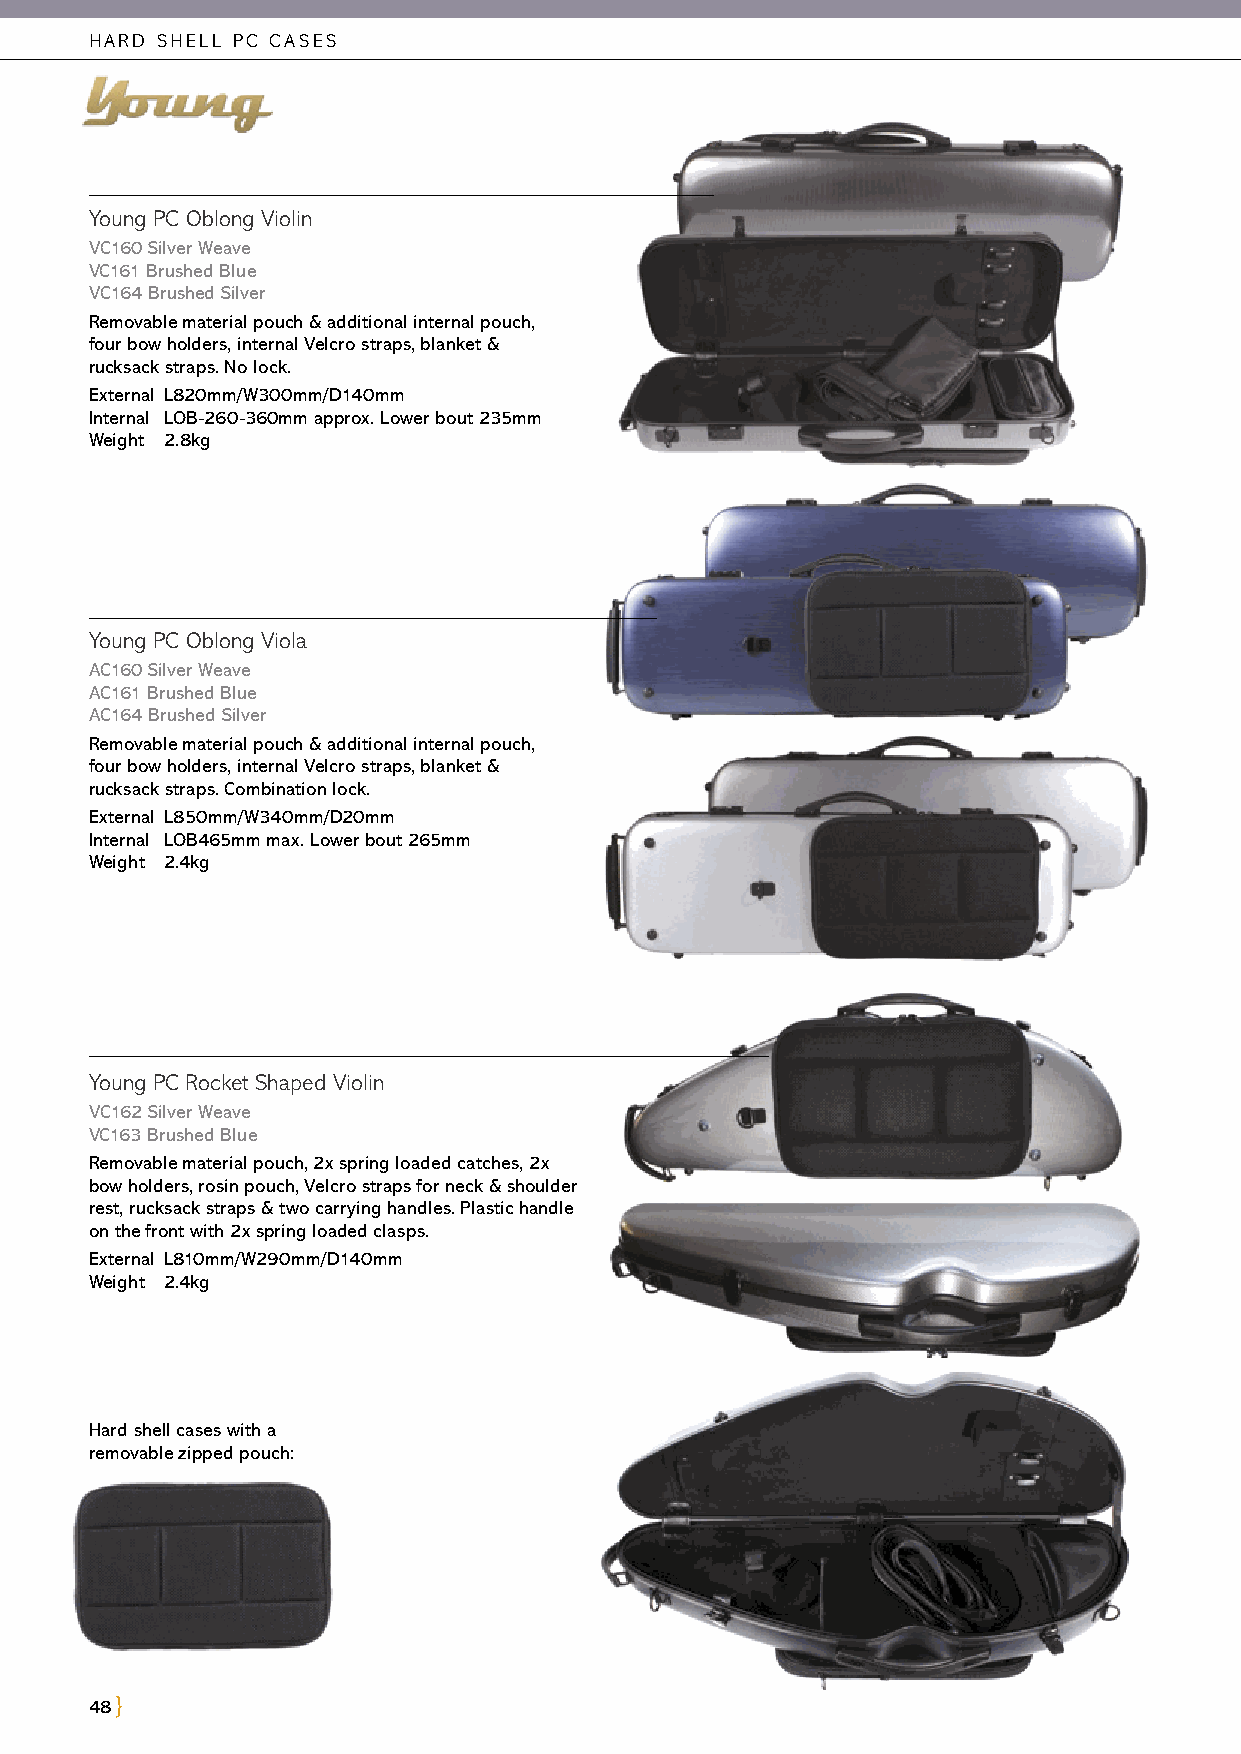
HARD SHELL PC CASES
 Young PC Oblong Violin
 VC160 Silver Weave
 VC161 Brushed Blue
 VC164 Brushed Silver
 Removable material pouch & additional internal pouch,
 four bow holders, internal Velcro straps, blanket &
 rucksack straps. No lock.
 External L820mm/W300mm/D140mm
 Internal LOB-260-360mm approx. Lower bout 235mm
 Weight 2.8kg
 Young PC Oblong Viola
 AC160 Silver Weave
 AC161 Brushed Blue
 AC164 Brushed Silver
 Removable material pouch & additional internal pouch,
 four bow holders, internal Velcro straps, blanket &
 rucksack straps. Combination lock.
 External L850mm/W340mm/D20mm
 Internal LOB465mm max. Lower bout 265mm
 Weight 2.4kg
 Young PC Rocket Shaped Violin
 VC162 Silver Weave
 VC163 Brushed Blue
 Removable material pouch, 2x spring loaded catches, 2x
 bow holders, rosin pouch, Velcro straps for neck & shoulder
 rest, rucksack straps & two carrying handles. Plastic handle
 on the front with 2x spring loaded clasps.
 External L810mm/W290mm/D140mm
 Weight 2.4kg
 Hard shell cases with a
 removable zipped pouch:
 48